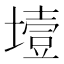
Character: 㙪